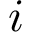
i